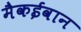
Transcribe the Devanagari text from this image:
मैकईवान